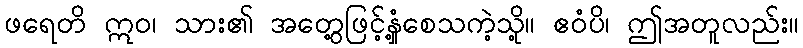
ဖရေတိ ဣဝ၊ သား၏ အတွေ့ဖြင့်နှံ့စေသကဲ့သို့။ ဧဝံပိ၊ ဤအတူလည်း။